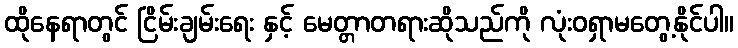
ထိုနေရာတွင် ငြိမ်းချမ်းရေး နှင့် မေတ္တာတရားဆိုသည်ကို လုံးဝရှာမတွေ့နိုင်ပါ။